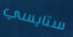
ستايسي